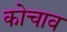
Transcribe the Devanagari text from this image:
कोचाव